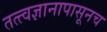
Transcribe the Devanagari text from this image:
तत्त्वज्ञानापासूनच